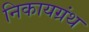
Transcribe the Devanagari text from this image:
निकायग्रंथ